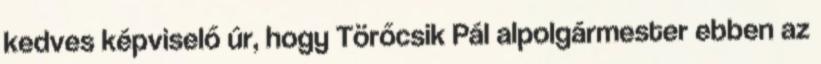
kedves képviselő úr, hogy Törőcsik Pál alpolgármester ebben az